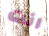
انت